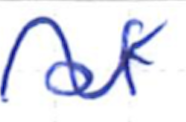
Text: of
Cross-out: wave
Writing tool: ballpoint